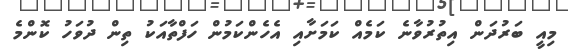
މިއީ ބަރުދަން އިތުރުވާނެ ކަމެއް ކަމަށާއި އެހެންކަމުން ހަފްތާއަކު ތިން ދުވަހު ކޮންމެ